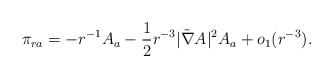
LaTeX: \begin{align*} \pi_{ra} = - r^{-1} A_a - \frac{1}{2} r^{-3} |\tilde{\nabla} A|^2 A_a+ o_1(r^{-3}).\end{align*}